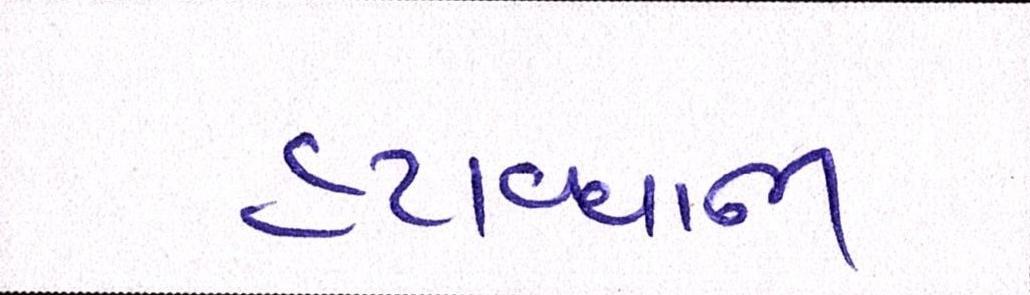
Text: હટાવવાની